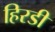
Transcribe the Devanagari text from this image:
हिरडी